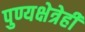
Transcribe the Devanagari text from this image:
पुण्यक्षेत्रेही